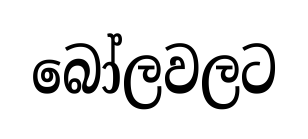
බෝලවලට